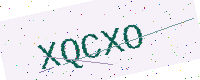
Text: XQCXO